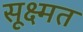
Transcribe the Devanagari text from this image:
सूक्ष्मत